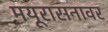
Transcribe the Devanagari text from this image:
मयूरासनावर